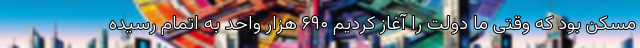
مسکن بود که وقتی ما دولت را آغاز کردیم ۶۹۰ هزار واحد به اتمام رسیده